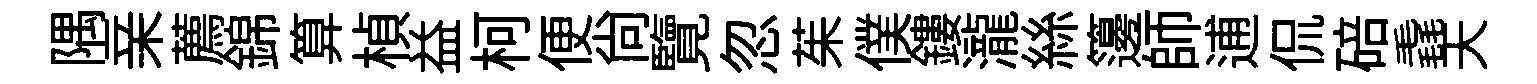
隅亲薦錦算楨益柯便尙覽忽茱僕鏤瀧絲籩師逋侃碚毳天